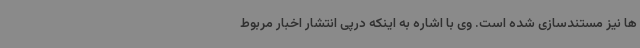
ها نیز مستندسازی شده است. وی با اشاره به اینکه درپی انتشار اخبار مربوط